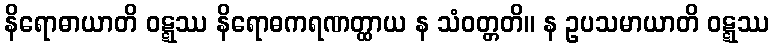
နိရောဓာယာတိ ဝဋ္ဋဿ နိရောဓကရဏတ္ထာယ န သံဝတ္တတိ။ န ဥပသမာယာတိ ဝဋ္ဋဿ